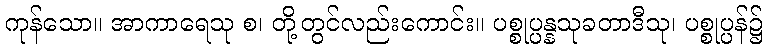
ကုန်သော။ အာကာရေသု စ၊ တို့တွင်လည်းကောင်း။ ပစ္စုပ္ပန္နသုခတာဒီသု၊ ပစ္စုပ္ပန်၌